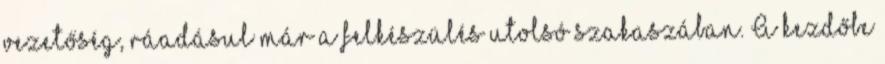
vezetőség, ráadásul már a felkészülés utolsó szakaszában. A kezdőbe